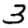
Digit: 3